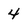
Character: 4